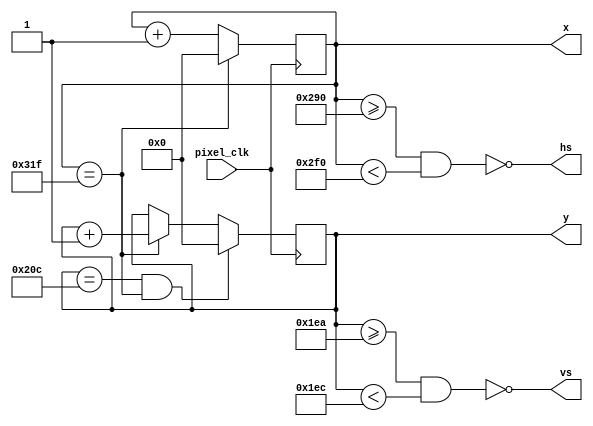
`timescale 1ns / 1ps

//////////////////////////////////////////////////////////////////////////////////
// Company:        Make Hack Void
// 
// Description:    Verilog tutorial implementing VGA 640x480 timing.
//
//////////////////////////////////////////////////////////////////////////////////

module vga_timing(
    input pixel_clk,
    output vs,
    output hs,
    output [9:0] x,
    output [9:0] y
    );

    // VGA Timing parameters (constants)
    localparam HD = 640;    // Horizontal display area
    localparam HF = 16;     // Horizontal front porch
    localparam HS = 96;     // Horizontal sync pulse
    localparam HB = 48;     // Horizontal back porch
    localparam VD = 480;    // Vertical display area
    localparam VF = 10;     // Vertical front porch
    localparam VS = 2;      // Vertical sync pulse
    localparam VB = 33;     // Vertical back porch

    //
    // Horizontal timing generator
    //
    reg [9:0] hcount = 0;   // Horizontal up counter value, 0-799 
    wire      htop;         // Tick - horizontal counter has reached its max count (799)

    // Tick (pulse) for 1 clock cycle whenever hcount is at its maximum
    assign htop = hcount == (HD + HF + HS + HB - 1);

    always @(posedge pixel_clk)
        if (htop)
            hcount <= 0;           // Reset (new line)
        else
            hcount <= hcount + 1;  // Next pixel

    //
    // Vertical timing generator
    //
    reg [9:0] vcount = 0;   // Vertical up counter value, 0-524
    wire      vtop;         // Tick - vertical counter has reached its max count (524)
    
    // Ticks whenever vcount is at its maximum
    assign vtop = vcount == (VD + VF + VS + VB - 1);

    always @(posedge pixel_clk)
        if (vtop & htop)
            vcount <= 0;            // Reset (at end of last line on screen)
       else if (htop)
            vcount <= vcount + 1;   // Next line

    // Outputs:
    // Generate sync pulses (-ve polarity)
    assign hs = ! ((hcount >= HD + HF) & (hcount < HD + HF + HS));
    assign vs = ! ((vcount >= VD + VF) & (vcount < VD + VF + VS));
    assign x  = hcount;
    assign y  = vcount;

endmodule